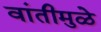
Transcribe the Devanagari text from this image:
वांतीमुळे